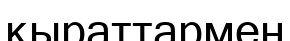
қыраттармен